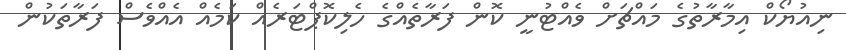
ނިއުޔޯކް އިމާރާތުގެ މައްޗަށް ވެއްޓުނީ ކޮން ފަރާތެއްގެ ހެލިކޮޕްޓަރެއް ކަމެއް އެއްވެސް ފަރާތަކުން